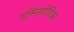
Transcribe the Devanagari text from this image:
एम्नियोटिक